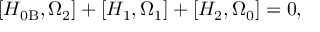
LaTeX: \left[ H _ { 0 \mathrm { B } } , \Omega _ { 2 } \right] + \left[ H _ { 1 } , \Omega _ { 1 } \right] + \left[ H _ { 2 } , \Omega _ { 0 } \right] = 0 ,